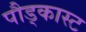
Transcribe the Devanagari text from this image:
पौड्कास्ट